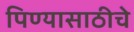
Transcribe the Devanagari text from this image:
पिण्यासाठीचे